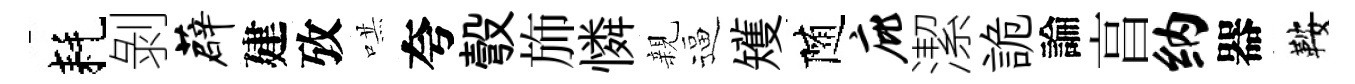
耗剝薜建攷哄夸彀斾憐親逼矱随庇潔詭論亯纳器鞍